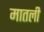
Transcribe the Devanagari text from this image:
मातली